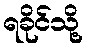
ရခိုင်သို့